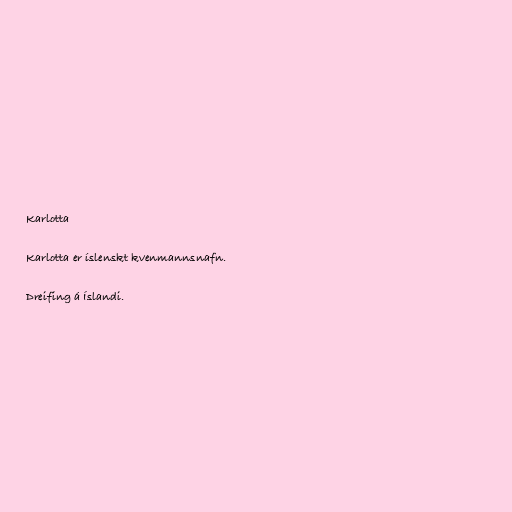
Karlotta

Karlotta er íslenskt kvenmannsnafn.

Dreifing á Íslandi.